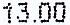
13.00